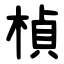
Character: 楨